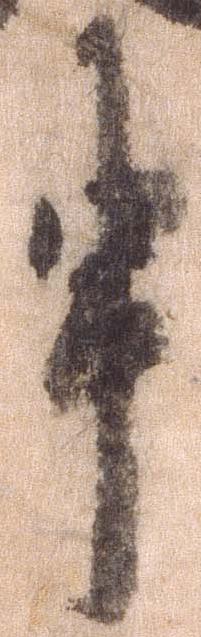
申